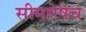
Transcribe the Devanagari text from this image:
सीमारेषेच